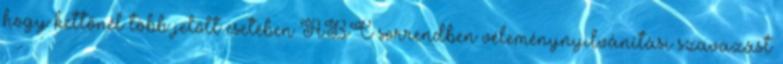
hogy kettőnél több jelölt esetében ABC sorrendben véleménynyilvánítási szavazást